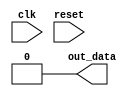
module basic_initial_block (
    input wire clk,
    input wire reset,
    output reg out_data
);

reg var1;
reg var2;

initial begin
    var1 = 0;
    var2 = 0;
    out_data = 0;
    
    $display("Variables initialized");
    
    // Perform desired operations here
    
end

endmodule